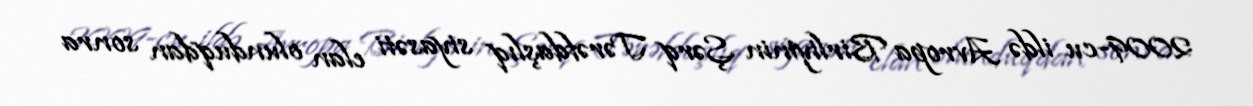
2009-cu ildə Avropa Birliyinin Şərq Tərəfdaşlıq siyasəti elan olunduqdan sonra